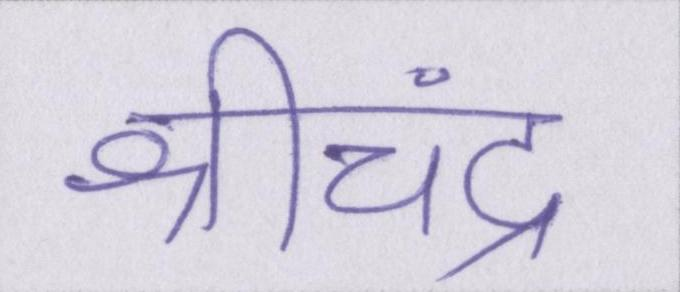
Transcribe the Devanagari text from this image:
श्रीचंद्र